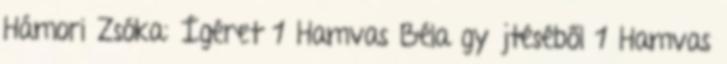
Hámori Zsóka: Ígéret 1 Hamvas Béla gyűjtéséből 1 Hamvas